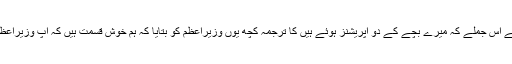
انہوں نے بزرگ کے اس جملے کہ میرے بچے کے دو آپریشنز ہوئے ہیں کا ترجمہ کچھ یوں وزیراعظم کو بتایا کہ ہم خوش قسمت ہیں کہ آپ وزیراعظم منتخب ہوئے ہیں۔